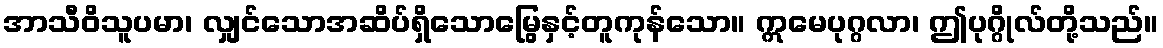
အာသီဝိသူပမာ၊ လျှင်သောအဆိပ်ရှိသောမြွေနှင့်တူကုန်သော။ ဣမေပုဂ္ဂလာ၊ ဤပုဂ္ဂိုလ်တို့သည်။